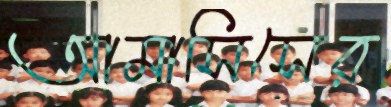
আমাসিসের